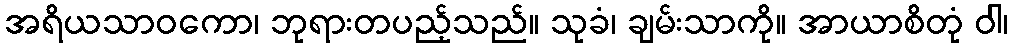
အရိယသာဝကော၊ ဘုရားတပည့်သည်။ သုခံ၊ ချမ်းသာကို။ အာယာစိတုံ ဝါ၊